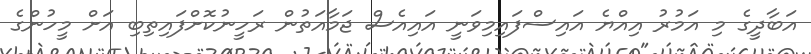
އަބާދީގެ މި އަމުރު އިއްޔެ އައިސްފައިމިވަނީ އައިއެސް ޖަމާއަތުން ރަހީނުކޮށްފައިތިބި އަށް މީހުންގެ